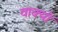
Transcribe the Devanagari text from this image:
वाक्‍यों